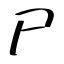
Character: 尸